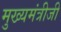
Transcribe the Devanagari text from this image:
मुख्यमंत्रीजी